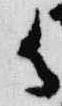
御